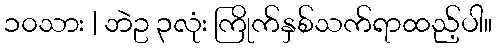
၁၀သား | ဘဲဥ ၃လုံး ကြိုက်နှစ်သက်ရာထည့်ပါ။